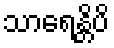
သာရေန္တိပိ